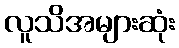
လူသိအများဆုံး